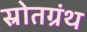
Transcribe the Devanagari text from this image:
स्रोतग्रंथ